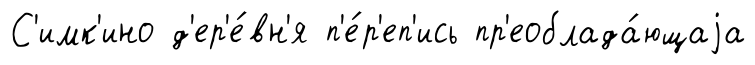
С'имк'ино д'ер'е́вн'я п'е́р'еп'ись пр'еоблада́ющаjа